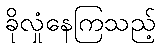
ခိုလှုံနေကြသည့်